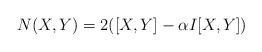
LaTeX: \begin{align*}N(X,Y)=2([X,Y]-\alpha I[X,Y]) \end{align*}